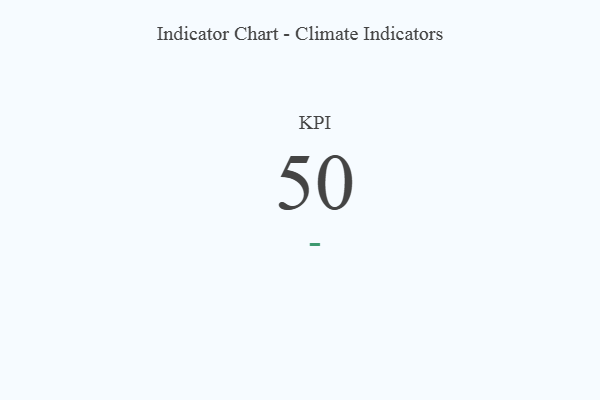
{"axis": {"x": "KPI", "y": "Value"}, "legend": [""], "data": [{"x": "KPI", "y": 50, "type": ""}]}